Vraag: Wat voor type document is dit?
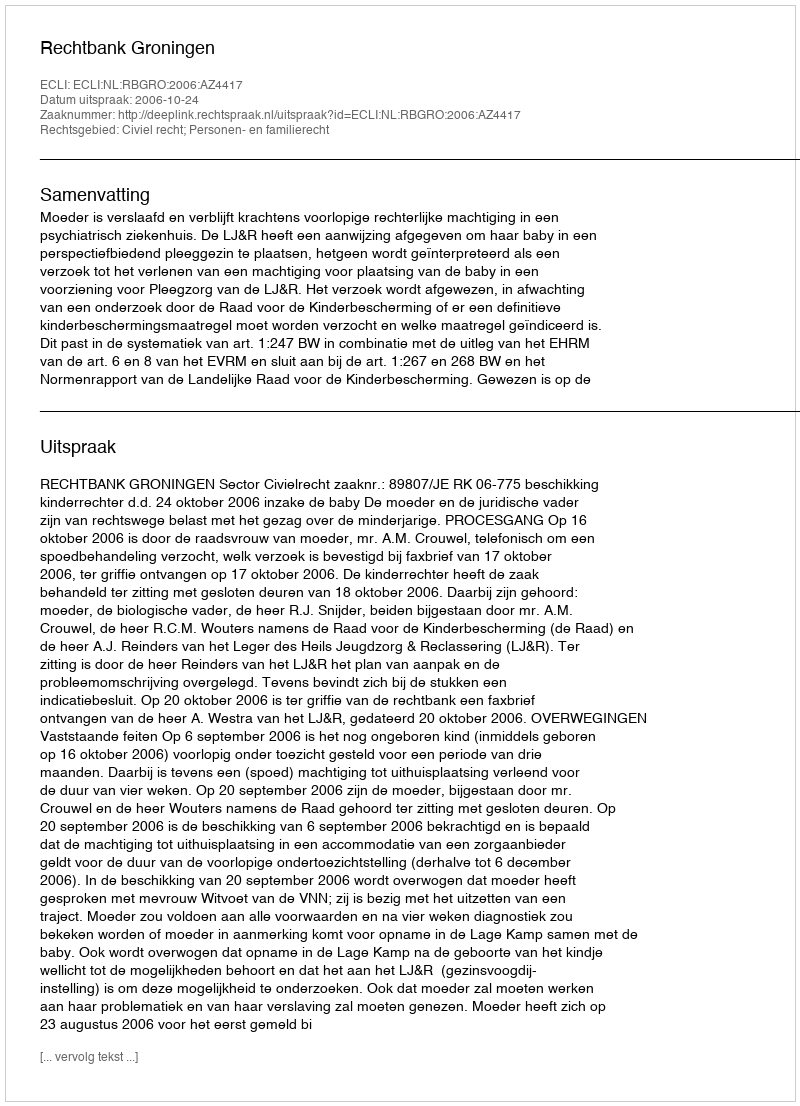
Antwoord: Uitspraak